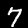
Label: 7